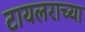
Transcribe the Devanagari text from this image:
टायलराच्या